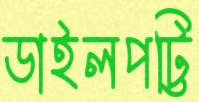
ডাইলপট্টি